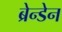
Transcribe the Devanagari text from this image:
ब्रेन्डेन